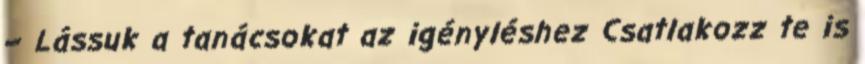
– Lássuk a tanácsokat az igényléshez Csatlakozz te is